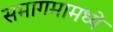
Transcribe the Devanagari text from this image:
समागमामध्ये